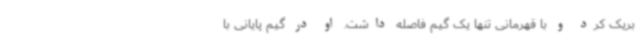
بریک کرد و با قهرمانی تنها یک گیم فاصله داشت. او در گیم پایانی با